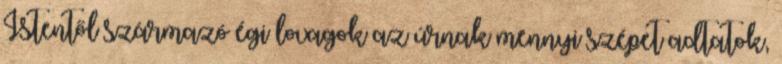
Istentől származó égi lovagok az úrnak mennyi szépet adtatok,